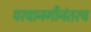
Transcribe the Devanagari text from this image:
परवानगीनंतरच